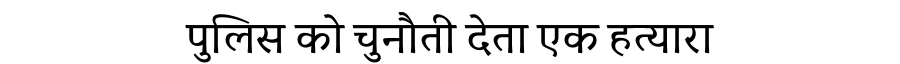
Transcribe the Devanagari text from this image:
पुलिस को चुनौती देता एक हत्यारा